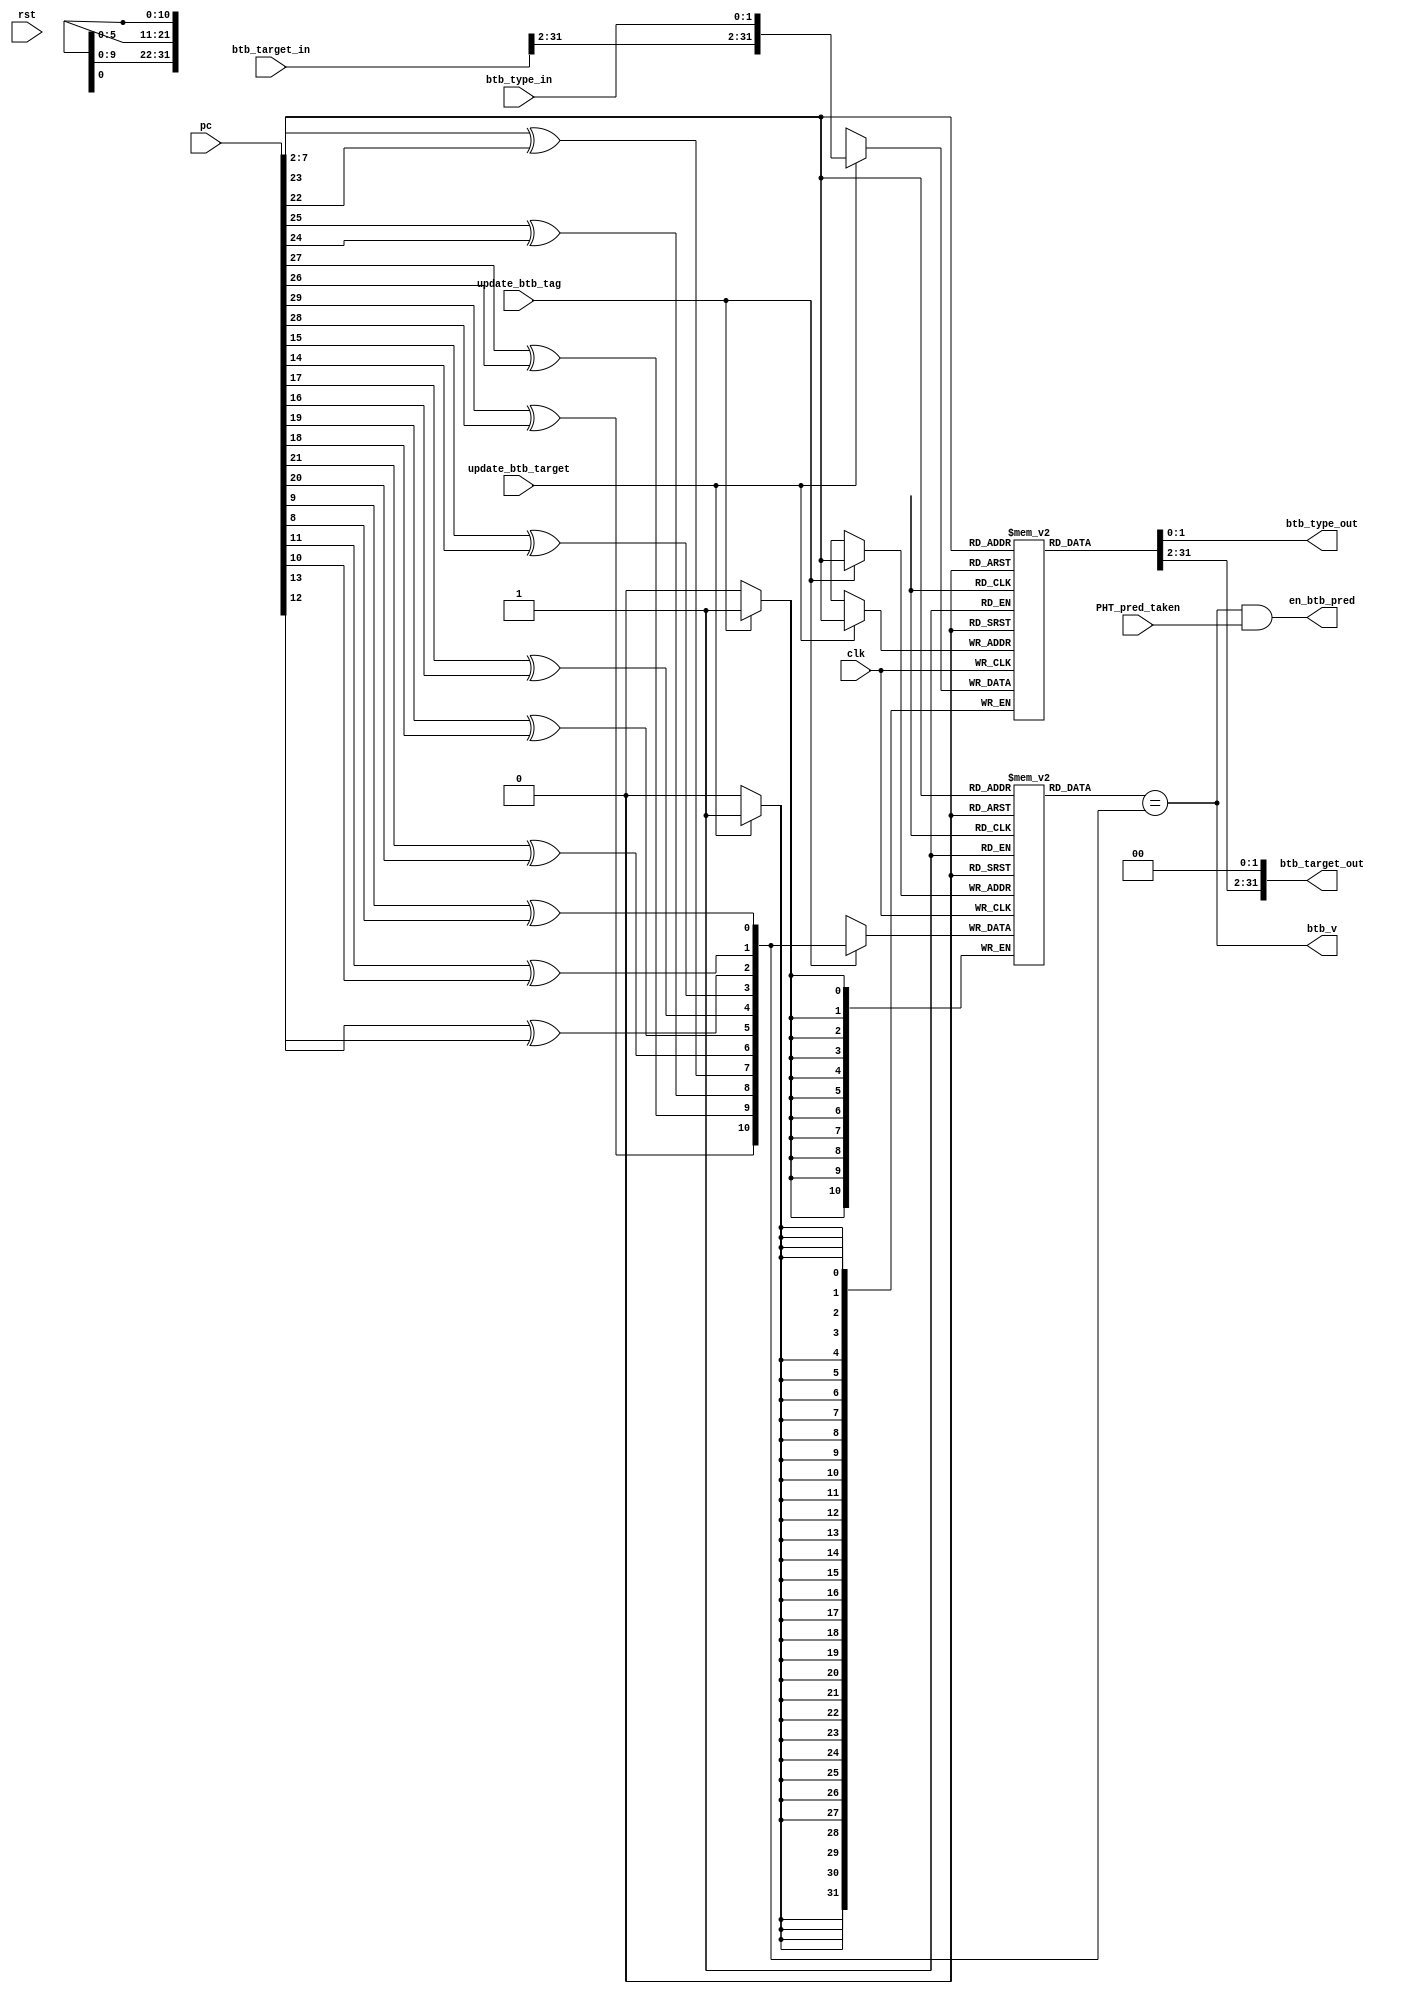
module  core_btb(
                  clk,
                  rst,
                  pc,
                  update_btb_tag,
                  update_btb_target,
                  btb_target_in,
                  btb_type_in,
                  PHT_pred_taken,
                  btb_type_out,
                  btb_target_out,
                  btb_v,
                  en_btb_pred 
                  );
parameter        pc_tag_width=11;
parameter        btb_target_width=32;
parameter        btb_depth=64;
parameter        BTB_TARGET_INIT=32'h00000000;
parameter        BTB_TAG_INIT=11'b00000000000;
input              clk;
input              rst;
input     [31:0]   pc;
input     [31:0]   btb_target_in;
input              update_btb_target;
input              update_btb_tag;
input     [1:0]    btb_type_in;
input              PHT_pred_taken;
 output            btb_v;
 output   [31:0]   btb_target_out;
 output   [1:0]    btb_type_out;
 output            en_btb_pred;
 reg   [pc_tag_width-1:0]       btb_tag     [btb_depth-1:0];
 reg   [btb_target_width-1:0]   btb_target  [btb_depth-1:0];
 wire    [5:0]  pc_index;
 assign  pc_index=pc[7:2];
 wire    [10:0]  btb_tag_in;
 assign    btb_tag_in={pc[29]^pc[28],pc[27]^pc[26],pc[25]^pc[24],pc[23]^pc[22],
                       pc[21]^pc[20],pc[19]^pc[18],pc[17]^pc[16],pc[15]^pc[14],
                       pc[13]^pc[12],pc[11]^pc[10],pc[9]^pc[8]};
 always@(posedge clk)
 begin
 if(update_btb_target)
  begin
     btb_target[pc_index]<={btb_target_in[31:2],btb_type_in};
   end
end
always@(posedge clk)
 begin
  if(update_btb_tag)
   begin
     btb_tag[pc_index]<=btb_tag_in;
   end
end
reg   [31:0]  btb_temp;
always@(*)
begin
  btb_temp=btb_target[pc_index];
end
reg  [10:0]  btb_tag_out;
always@(*)
begin
  btb_tag_out=btb_tag[pc_index];
end
wire           btb_hit;
assign   btb_target_out={btb_temp[31:2],2'b00};
assign   btb_type_out=btb_temp[1:0];
assign   btb_hit=(btb_tag_out==btb_tag_in);
assign   btb_v=btb_hit;
assign   en_btb_pred=btb_v&&PHT_pred_taken;
endmodule